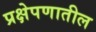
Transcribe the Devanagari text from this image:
प्रक्षेपणातील